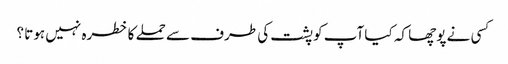
کسی نے پوچھا کہ کیا آپ کو پشت کی طرف سے حملے کا خطرہ نہیں ہوتا ؟